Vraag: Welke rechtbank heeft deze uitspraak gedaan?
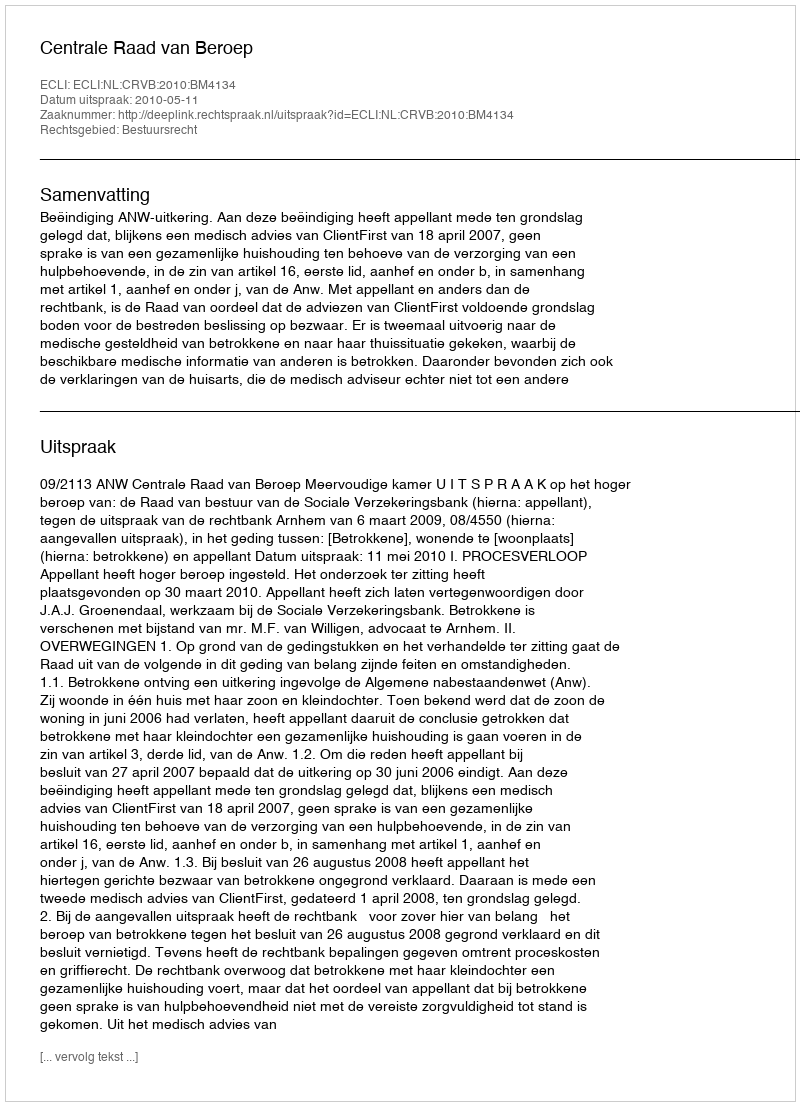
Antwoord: Centrale Raad van Beroep